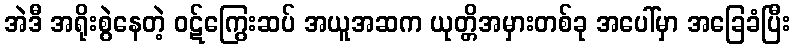
အဲဒီ အရိုးစွဲနေတဲ့ ဝဋ်ကြွေးဆပ် အယူအဆက ယုတ္တိအမှားတစ်ခု အပေါ်မှာ အခြေခံပြီး